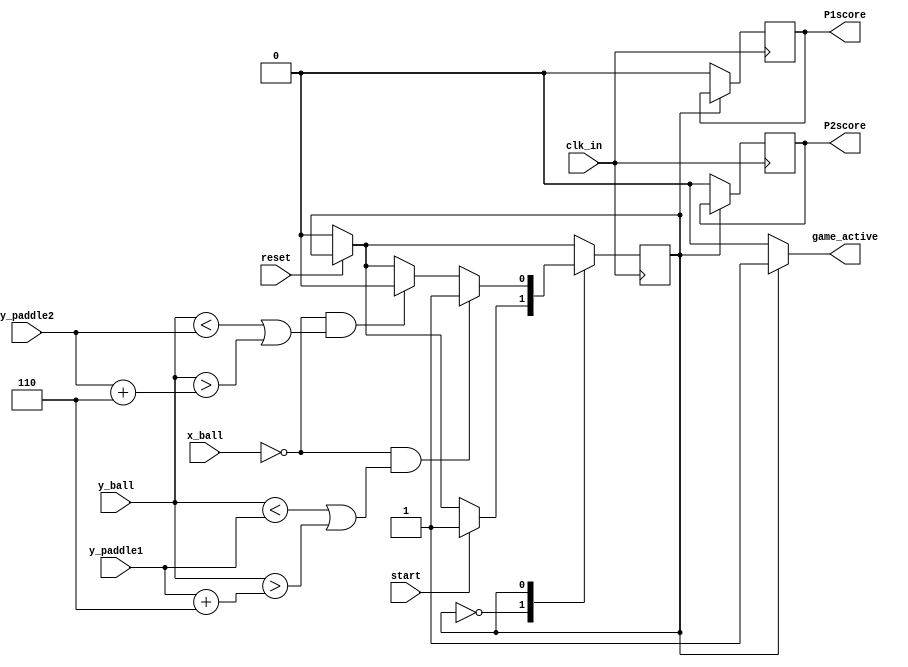
module gameCtrl_FSM(clk_in,reset,start,x_ball,y_ball,y_paddle1,y_paddle2,game_active,P1score,P2score);
input clk_in,start,reset;
input [11:0]x_ball,y_ball,y_paddle1,y_paddle2;
output game_active;
output reg P1score, P2score;


parameter screenWidth  = 640;
parameter screenHeight = 480;
parameter max_score = 5;
parameter paddleHeight = 6; 

parameter idle    = 3'b000;
parameter gameRunning = 3'b001;
parameter scoreP1 = 3'b010;
parameter scoreP2 = 3'b011;
parameter clear = 3'b100;

reg fsm = idle;


always @(posedge clk_in)
  begin
	 if(!reset)
		fsm <= idle;
		
    case (fsm)
    idle :
    begin
		P1score <=0;
		P2score <=0;
      if (start == 1'b1)
        fsm <= gameRunning;
    end


    gameRunning :
    begin
      if (x_ball == 0 && (y_ball < y_paddle1 ||  y_ball > y_paddle1 + paddleHeight))
        fsm <= scoreP2;

      else if (x_ball == 0 && (y_ball < y_paddle2 ||  y_ball > y_paddle2 + paddleHeight))
        fsm <= scoreP1;
    end

    scoreP1 :
    begin
      if (P1score < max_score)
        P1score <= P1score + 1;
      else
      begin
        P1score <= 0;
        fsm <= clear;
      end
    end

    scoreP2 :
    begin
      if (P2score < max_score)
        P2score <= P2score + 1;
      else
      begin
        P2score <= 0;
        fsm <= clear;
      end
    end

    clear :
      fsm <= idle;
    endcase
  end

assign game_active = (fsm == gameRunning) ? 1'b1 : 1'b0;
endmodule